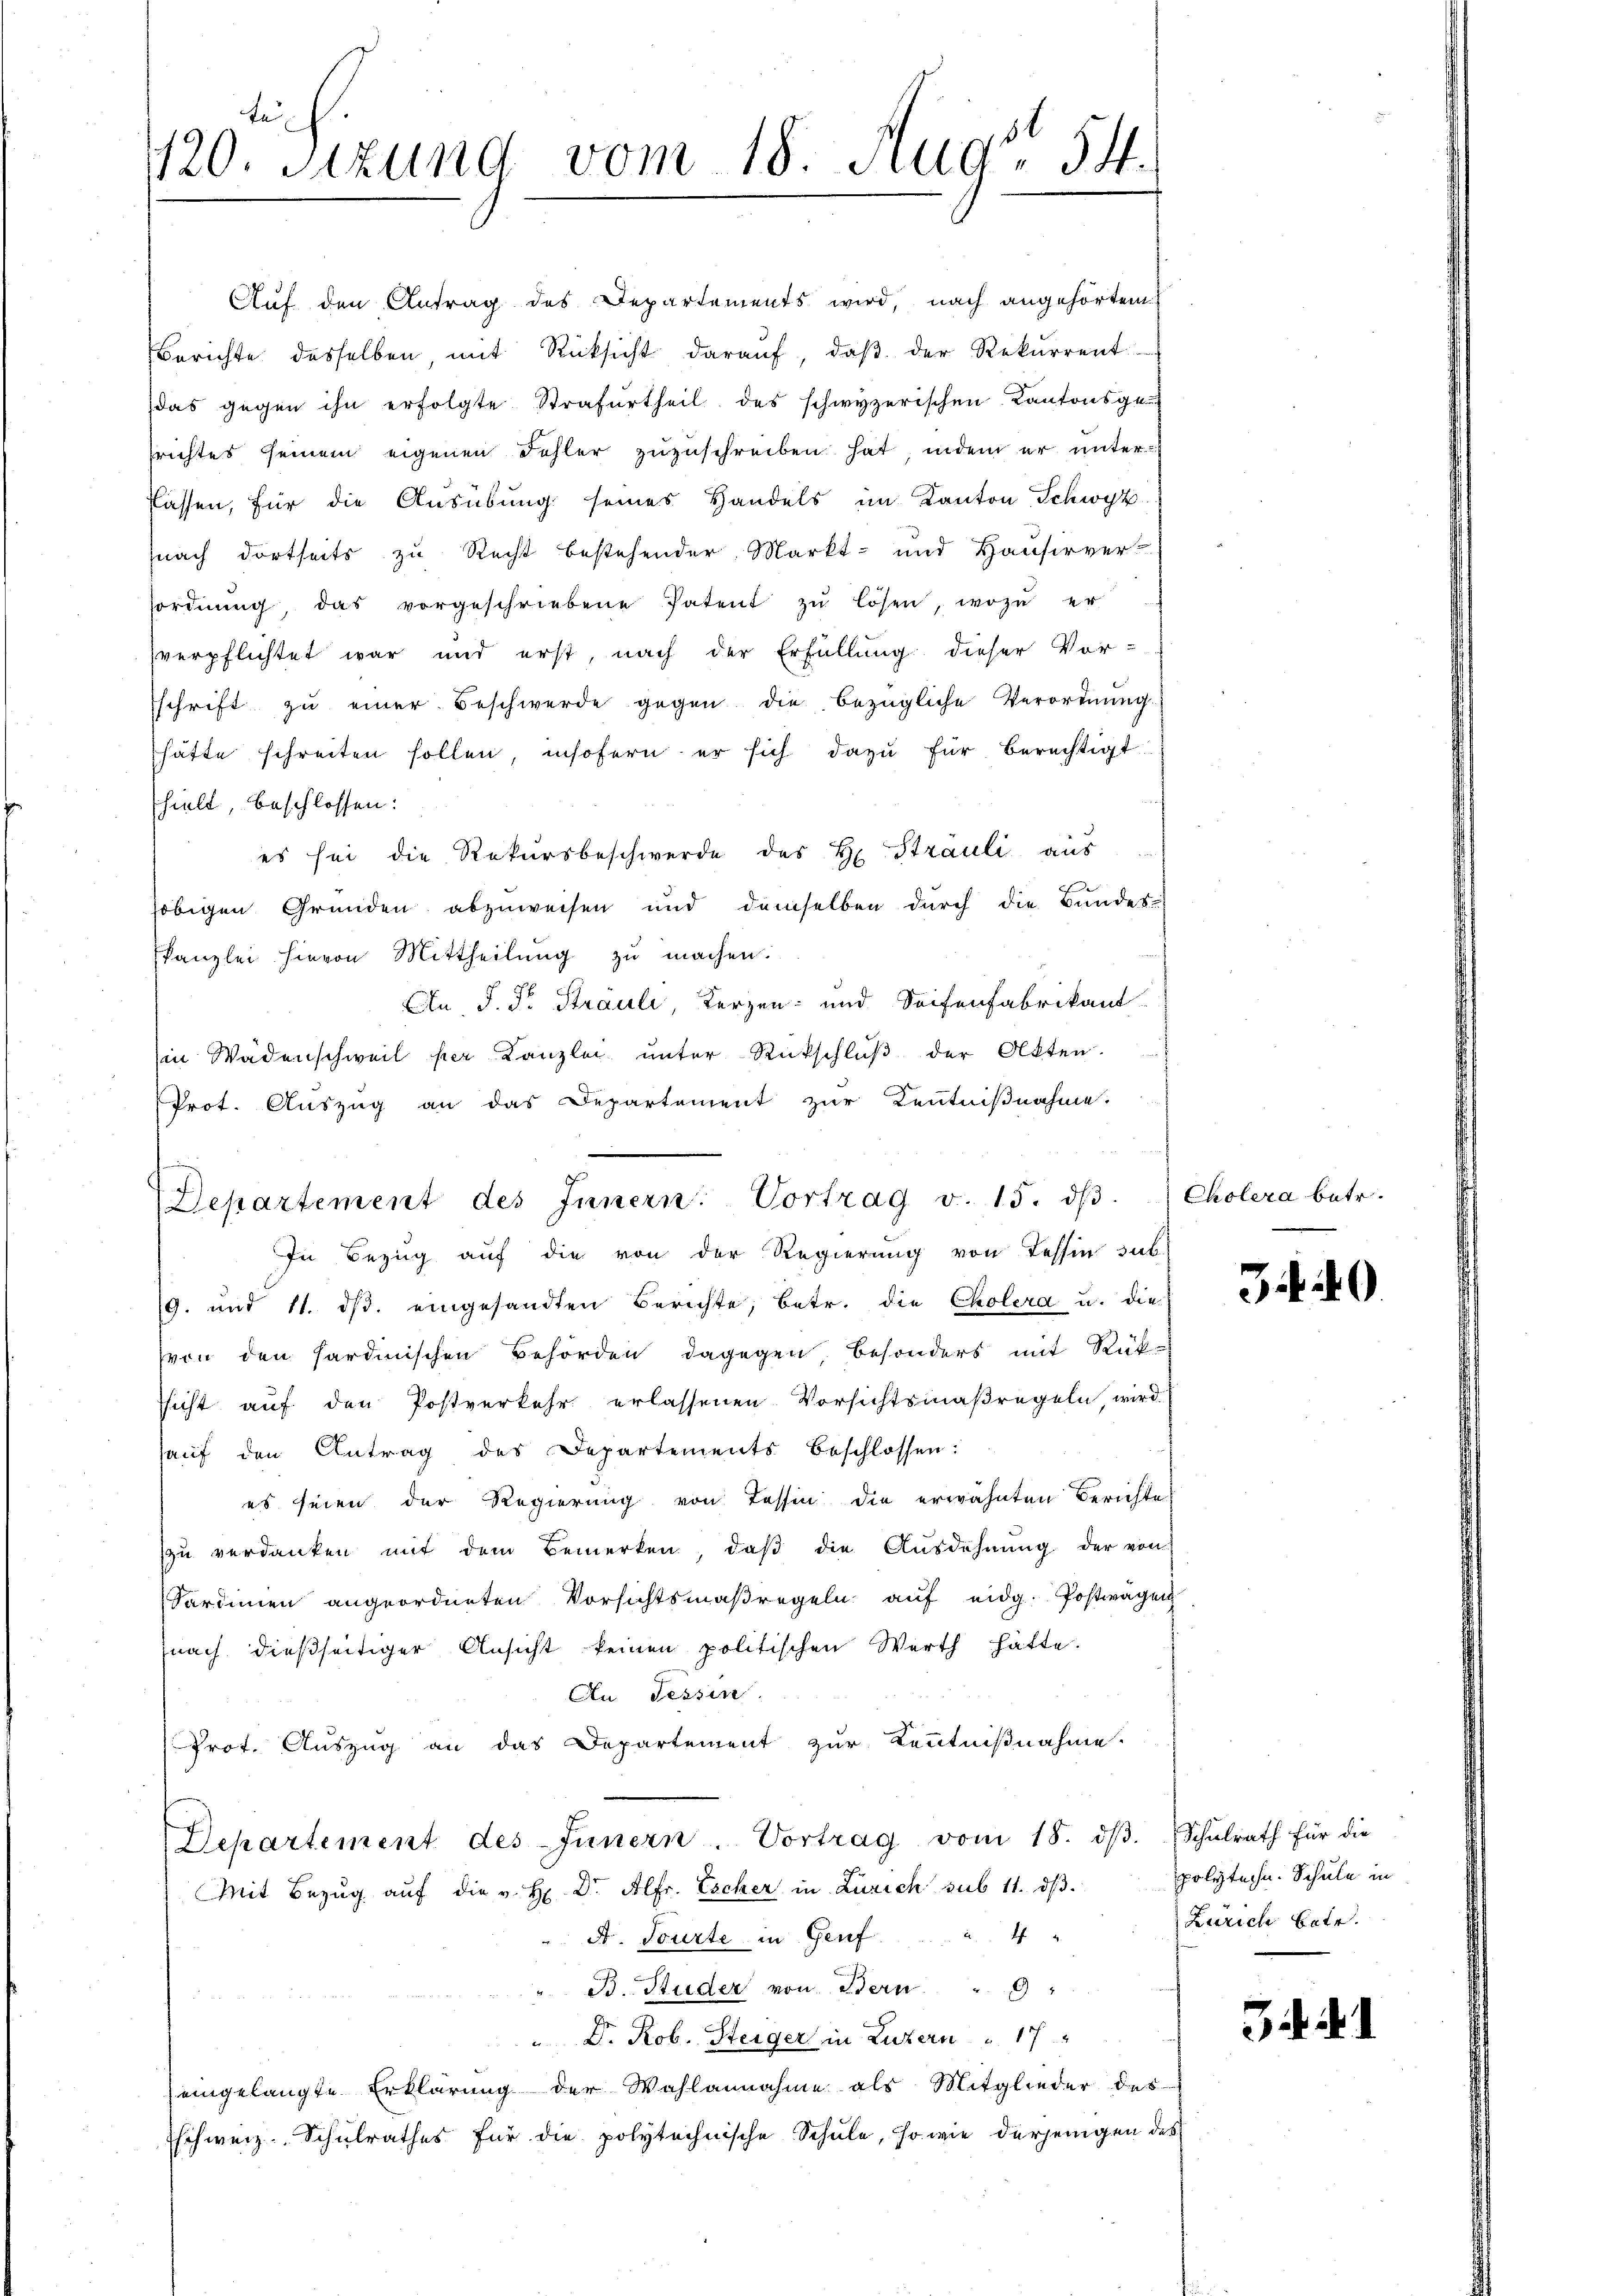
te
420. Sizung vom 18. Aug. 54.

Prot. Auszug an das Departement zur Kenntnißnahme.
t
Departement des Innern Vortrag v. 15. dβ

Auf den Antrag des Departements wird, nach angehörtem
Berichte desselben mit Rücksicht daraŭf, daβ der Rekurrent
das gegen ihn erfolgte Strafurtheil des schwyzerischen Kantonsgen
srichtes seinem eigenen Fehler zuzuschreiben hat, indem er unter
Cassen, für die Ausübung seines Handels im Kanton Schwyz
nach dortseits zu Recht bestehender Markt- und Hausirver
sordnŭng, das vorgeschriebene Patent zŭ lösen, wozu er
verpflichtet war und erst, nach der Erfüllung dieser Vor-
schrift zu einer Beschwerde gegen die bezügliche Verordnung.
hätte schreiten sollen, insofern er sich dazu für berechtigt
hielt, beschlossen:
es sei die Rekursbeschwerde des H. Strauli aus
obigen Gründen abzuweisen und demselben durch die Bundes-
kanzlei hievon Mittheilung zu machen.
An, J. Pr. Strauli, Kerzen und Seifenfabrikant
Ein Wädenschweil per Kanzlei unter Rückschlŭβ der Akten.
In Bezug auf die von der Regierung von Tessin sub
9. und 11. dβ. eingesandten Berichte, betr. die Cholera u. die
von den sardinischen Behörden dagegen, besonders mit Rück-
ssicht auf den Postverkehr erlassenen Vorsichtsmaßregeln, wird
haŭf den Antrag des Departements beschlossen:
es seien der Regierung von Tessin die erwähnten Berichte
zu verdanken mit dem Bemerken, daβ die Ausdehnung der von
Sardinen angeordneten Vorsichtsmaßregeln aŭf eidg. Postwagen
nach dießseitiger Ansicht keinen politischen Werth hatte.
An Tessin
Prot. Auszug an das Departement zur Kenntnißnahme.
Departement des Innern. Vortrag vom 18. dβ. Schŭlrath für die
Mit Bezug auf die v. H. Dr. Alfr. Escher in Zürich sub 11. dβ.
A. Tourte in Genf. 4
B. Studer von Adern. " 9
" Dr. Rob. Steiger in Luzern u. 17
eingelangte Erklärung der Wahlannahme als Mitglieder des
Eschweiz. Schulrathes für die polytechnische Schule, so wie derjenigen des

Cholera betr.

34. 40

polytechn. Schule in
Zürich betr.

54. d. 1